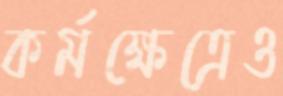
কর্মক্ষেত্রেও